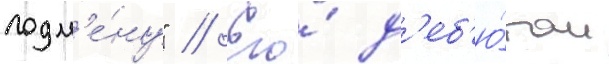
подм'е́ну" // Его́ д'еб'ю́том